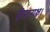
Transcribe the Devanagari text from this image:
हीरानाक्ष।